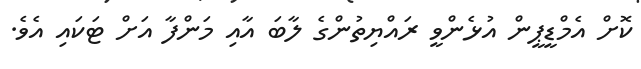
ކޮށް އެމްޑީޕީން އުޅެންވީ ރައްޔިތުންގެ ލާބަ އާއި މަންފާ އަށް ޓަކައި އެވެ.